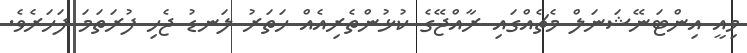
މިއީ އިންޓަނޭޝަނަލް މެޗެއްގައި ރާއްޖޭގެ ކުޅުންތެރިއެއް ހަތަރު ލަނޑު ޖެހި ފުރަތަމަ ފަހަރެވެ.